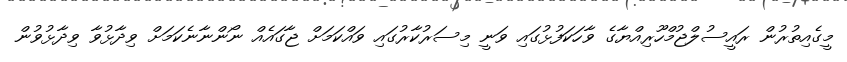
މީގެއިތުރުން ރައީސުލްޖުމްހޫރިއްޔާގެ ވާހަކަފުޅުގައި ވަނީ މިސަރުކާރުގައި ވައްކަމަށް ޖާގައެއް ނޯންނާނެކަމަށް ވިދާޅުވާ ވިދާޅުވުން